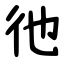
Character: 彵